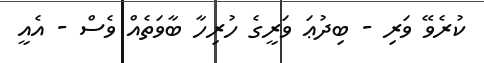
ކުރެވޭ ވަރި - ބިދުޢަ ވަރީގެ ހުރިހާ ބާވަތެއް ވެސް - އެއީ